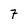
Character: 7